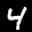
Label: 4